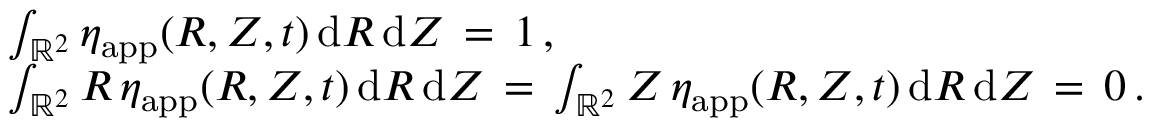
\begin{array} { r l } & { \int _ { \mathbb { R } ^ { 2 } } \eta _ { \mathrm { a p p } } ( R , Z , t ) \, \mathrm { d } R \, \mathrm { d } Z \, = \, 1 \, , } \\ & { \int _ { \mathbb { R } ^ { 2 } } R \, \eta _ { \mathrm { a p p } } ( R , Z , t ) \, \mathrm { d } R \, \mathrm { d } Z \, = \, \int _ { \mathbb { R } ^ { 2 } } Z \, \eta _ { \mathrm { a p p } } ( R , Z , t ) \, \mathrm { d } R \, \mathrm { d } Z \, = \, 0 \, . } \end{array}